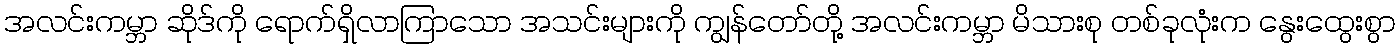
အလင်းကမ္ဘာ ဆိုဒ်ကို ရောက်ရှိလာကြာသော အသင်းများကို ကျွန်တော်တို့ အလင်းကမ္ဘာ မိသားစု တစ်ခုလုံးက နွေးထွေးစွာ